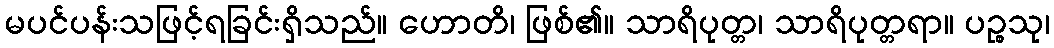
မပင်ပန်းသဖြင့်ရခြင်းရှိသည်။ ဟောတိ၊ ဖြစ်၏။ သာရိပုတ္တ၊ သာရိပုတ္တရာ။ ပဉ္စသု၊